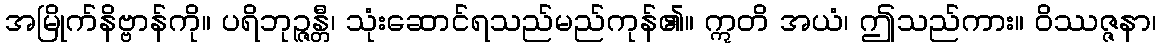
အမြိုက်နိဗ္ဗာန်ကို။ ပရိဘုဉ္ဇန္တီ၊ သုံးဆောင်ရသည်မည်ကုန်၏။ ဣတိ အယံ၊ ဤသည်ကား။ ဝိဿဇ္ဇနာ၊